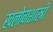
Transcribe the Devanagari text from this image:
खलोगशास्त्री